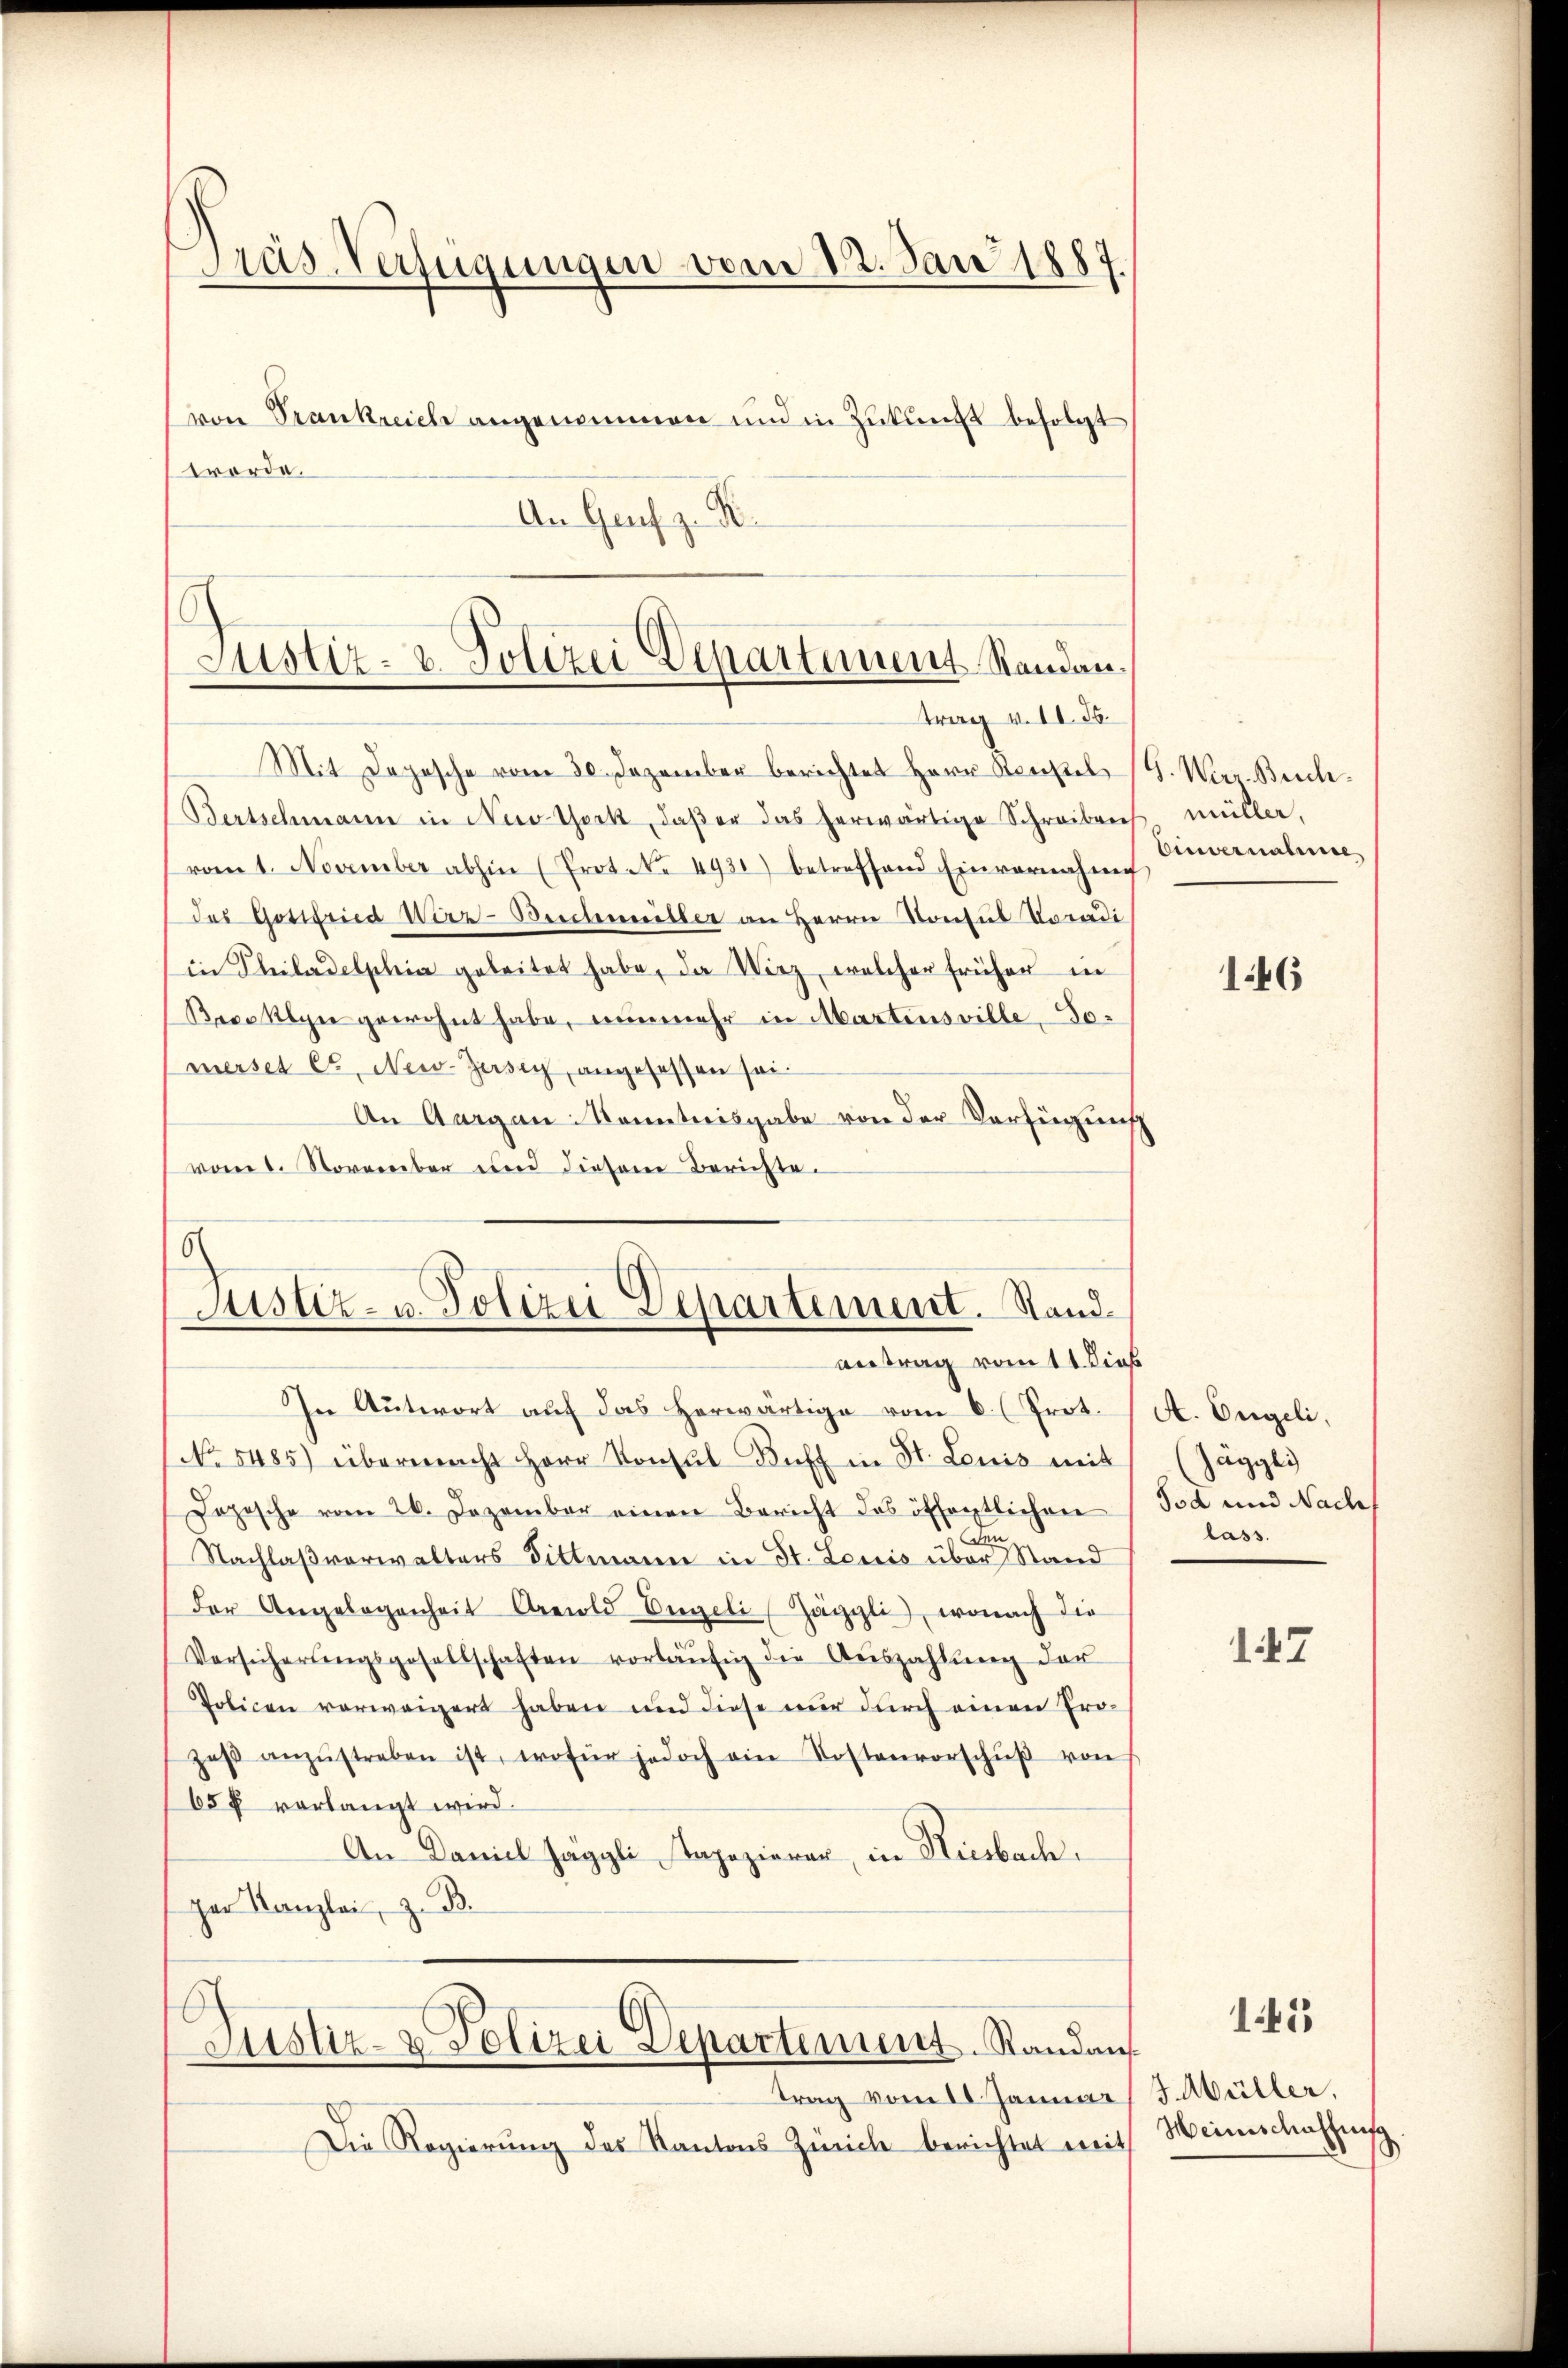
Pras-Verfügungen vom 22. Jan 1887.
von Trankreich angenommen und in Zukunft befolgt
worde.
An Genf z. R.

E
Justiz- & Polizei Departement Standau.
trag v. II. 36.

Mit Depesche vom 30. Dezember berichtet Herr Kettel (G. Werr. Buch¬
Bertschmann in New York, daβ er das herwärtige Schreiben
vom 1. November abhin (Prot. No. 4931) betreffend Einvernahm
des Gottfried Wirr-Beschmitter an Herrn Konsul Voradi
in Philadelphia geleitet habe, da Wirz, welcher früher in
Brooklyn gewohnt habe, nunmehr in Martens ville, Tomerses Cts. New-Jersey, angesessen sei¬
An Aargau Kenntnisgabe von der Verfügung
vom 1. November und diesem Berichte.

Justiz- u. Polizei Departement. Stand
Antrag vom 11 dies

6
Justiz- & Polizei Departement. Standaus
trag vom 10. Januar J. Müller,

In Antwort auf das herwärtige vom 6. (Prot.
No 5485) übermacht Herr Konsul Kuff in St. Louis mit
Dozische vom 26. Dezember einen Bericht des öffentlichen
Nachlaßverwalters Bittmann in St. Lenis über Stand
der Angelegenheit Arnold Engeli Jäggli, wonach die
Versicherŭngsgesellschaften vorläŭfig die Aŭszahlŭng der
Policen verweigert haben und diese nur durch einen Prozeß anzŭstreben ist, wofür jedoch ein Kostenvorschŭβ von
65 § verlangt wird.
An Daniel Jäggli apezierer, in Hiesbach.
par Kanzlei, z. B.

d

Die Regierung des Kantons Zürich berichtet mit

müller,
Einvernahme

146

A. Engeli,
Jäggli
Tod und Nach
lass.

47

141

Meinschaffung